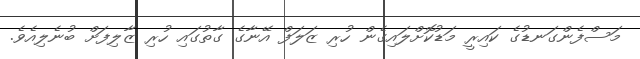
މަސްފެންގަނޑުގެ ކައިރީ މަޑުކޮށްލައިގެން ހުރި ޒަލަފް އޭނާގެ ގާތުގައި ހުރި ޒާލިފަށް ބުނެލިއެވެ.